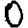
Digit: 0